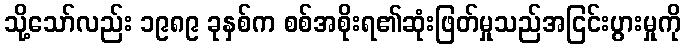
သို့သော်လည်း ၁၉၈၉ ခုနှစ်က စစ်အစိုးရ၏ဆုံးဖြတ်မှုသည်အငြင်းပွားမှုကို